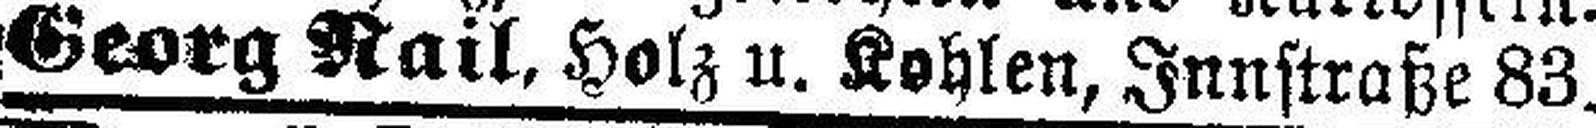
Georg Rail, Holz u. Kohlen, Innstraße 83.